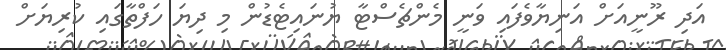
އަދި ރޫނީއަށް އަނިޔާވެފައި ވަނީ މެންޗެސްޓާ ޔުނައިޓެޑުން މި ދިޔަ ހަފްތާގައި ކުރިޔަށް